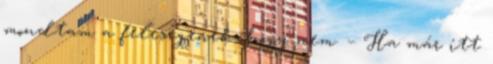
mondtam a feleségének, hogy nem. – Ha már itt